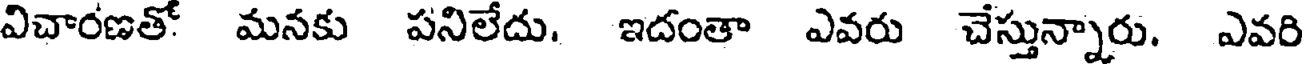
విచారణతో మనకు పనిలేదు. ఇదంతా ఎవరు చేస్తున్నారు. ఎవరి